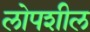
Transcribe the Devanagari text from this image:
लोपशील